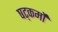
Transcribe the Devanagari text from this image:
षट्कर्मों